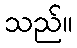
သည်။